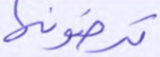
ترضونها